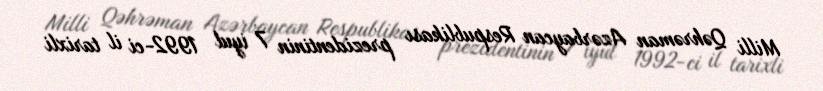
Milli Qəhrəman Azərbaycan Respublikası prezidentinin 7 iyul 1992-ci il tarixli